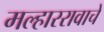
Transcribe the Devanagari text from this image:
मल्हाररावाचे